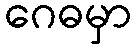
ဂေဓမှာ